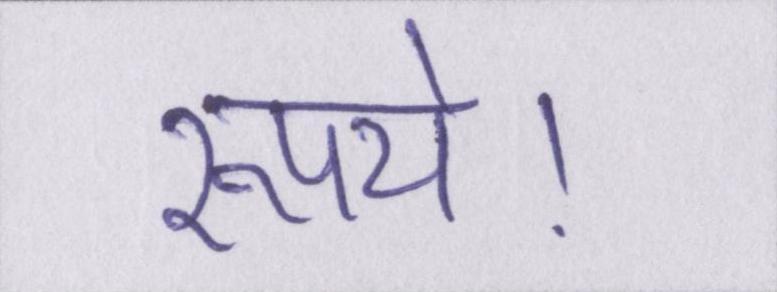
रूपये।